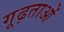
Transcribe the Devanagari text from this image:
गूढ़ताओं